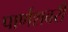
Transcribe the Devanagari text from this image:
पार्णशबरी